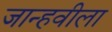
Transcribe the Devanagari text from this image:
जान्हवीला